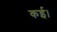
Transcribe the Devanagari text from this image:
कई।